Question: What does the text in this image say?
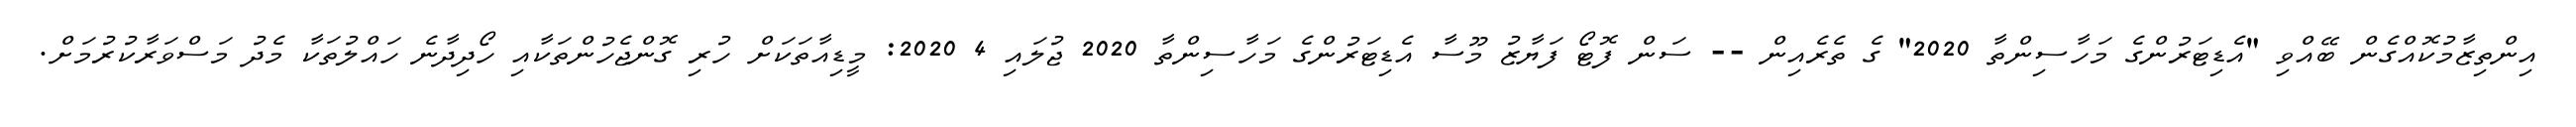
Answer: އިންތިޒާމުކޮއްގެން ބޭއްވި "އެޑިޓަރުންގެ މަހާސިންތާ 2020" ގެ ތެރެއިން -- ސަން ފޮޓޯ ފަޔާޒު މޫސާ އެޑިޓަރުންގެ މަހާސިންތާ 2020 ޖުލައި 4 2020: މީޑިއާތަކަށް ހުރި ގޮންޖެހުންތަކާއި ހޯދިދާނެ ހައްލުތަކާ މެދު މަސްވަރާކުރުމަށް.